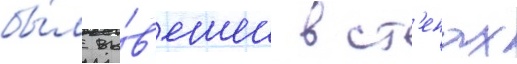
бы́л вы́в'ешен в ст'енах